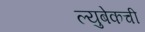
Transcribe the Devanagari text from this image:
ल्युबेकची